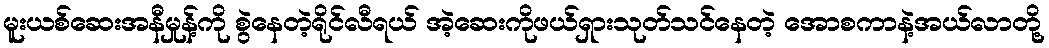
မူးယစ်ဆေးအနီမှုန့်ကို စွဲနေတဲ့ရိုင်လီရယ် အဲ့ဆေးကိုဖယ်ရှားသုတ်သင်နေတဲ့ အောစကာနဲ့အယ်လာတို့